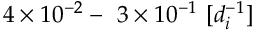
4 \times 1 0 ^ { - 2 } - ~ 3 \times 1 0 ^ { - 1 } ~ [ d _ { i } ^ { - 1 } ]